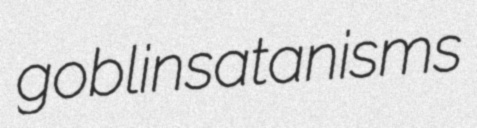
goblin satanisms